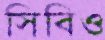
সিবিও